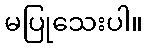
မပြုသေးပါ။